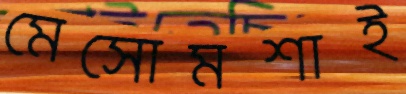
মেসোমশাই